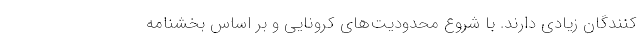
کنندگان زیادی دارند. با شروع محدودیت‌های کرونایی و بر اساس بخشنامه